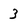
Character: 3